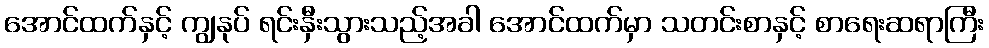
အောင်ထက်နှင့် ကျွနုပ် ရင်းနှီးသွားသည့်အခါ အောင်ထက်မှာ သတင်းစာနှင့် စာရေးဆရာကြီး